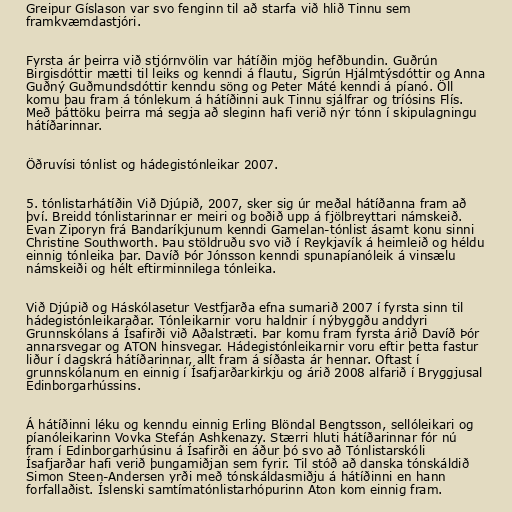
Greipur Gíslason var svo fenginn til að starfa við hlið Tinnu sem
framkvæmdastjóri.

Fyrsta ár þeirra við stjórnvölin var hátíðin mjög hefðbundin. Guðrún
Birgisdóttir mætti til leiks og kenndi á flautu, Sigrún Hjálmtýsdóttir og Anna
Guðný Guðmundsdóttir kenndu söng og Peter Máté kenndi á píanó. Öll
komu þau fram á tónlekum á hátíðinni auk Tinnu sjálfrar og tríósins Flís.
Með þáttöku þeirra má segja að sleginn hafi verið nýr tónn í skipulagningu
hátíðarinnar.

Öðruvísi tónlist og hádegistónleikar 2007.

5. tónlistarhátíðin Við Djúpið, 2007, sker sig úr meðal hátíðanna fram að
því. Breidd tónlistarinnar er meiri og boðið upp á fjölbreyttari námskeið.
Evan Ziporyn frá Bandaríkjunum kenndi Gamelan-tónlist ásamt konu sinni
Christine Southworth. Þau stöldruðu svo við í Reykjavík á heimleið og héldu
einnig tónleika þar. Davíð Þór Jónsson kenndi spunapíanóleik á vinsælu
námskeiði og hélt eftirminnilega tónleika.

Við Djúpið og Háskólasetur Vestfjarða efna sumarið 2007 í fyrsta sinn til
hádegistónleikaraðar. Tónleikarnir voru haldnir í nýbyggðu anddyri
Grunnskólans á Ísafirði við Aðalstræti. Þar komu fram fyrsta árið Davíð Þór
annarsvegar og ATON hinsvegar. Hádegistónleikarnir voru eftir þetta fastur
liður í dagskrá hátíðarinnar, allt fram á síðasta ár hennar. Oftast í
grunnskólanum en einnig í Ísafjarðarkirkju og árið 2008 alfarið í Bryggjusal
Edinborgarhússins.

Á hátíðinni léku og kenndu einnig Erling Blöndal Bengtsson, sellóleikari og
píanóleikarinn Vovka Stefán Ashkenazy. Stærri hluti hátíðarinnar fór nú
fram í Edinborgarhúsinu á Ísafirði en áður þó svo að Tónlistarskóli
Ísafjarðar hafi verið þungamiðjan sem fyrir. Til stóð að danska tónskáldið
Simon Steen-Andersen yrði með tónskáldasmiðju á hátíðinni en hann
forfallaðist. Íslenski samtímatónlistarhópurinn Aton kom einnig fram.